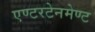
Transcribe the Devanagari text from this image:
एण्टरटेनमेण्ट